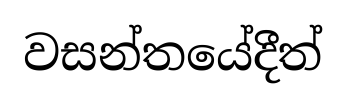
වසන්තයේදීත්